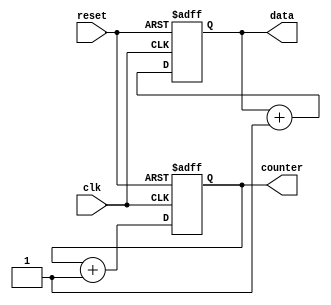
module initialization_example (
    input wire clk,
    input wire reset,
    output reg [7:0] data,
    output reg [3:0] counter
);

// Initialization Block
initial begin
    // Set initial values for registers
    data = 8'h00;       // Initialize 'data' to zero
    counter = 4'b0000;  // Initialize 'counter' to zero
end

// Example of a reset condition in always block
always @(posedge clk or posedge reset) begin
    if (reset) begin
        // Reset conditions - ensuring registers are set to defined values
        data <= 8'h00;       // Reset 'data' to zero
        counter <= 4'b0000;  // Reset 'counter' to zero
    end else begin
        // Simulate some behavior (e.g., increment counter)
        counter <= counter + 1; // Increment counter on each clock cycle
        data <= data + 1;       // Increment data on each clock cycle
    end
end

endmodule